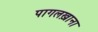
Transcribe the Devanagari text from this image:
पागलख़ाना